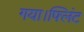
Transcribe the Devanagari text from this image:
गया।फ्लिंट